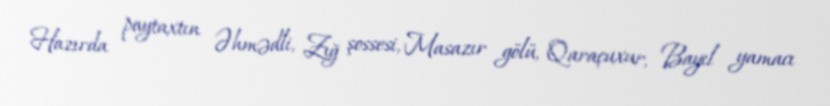
Hazırda paytaxtın Əhmədli, Zığ şossesi, Masazır gölü, Qaraçuxur, Bayıl yamacı